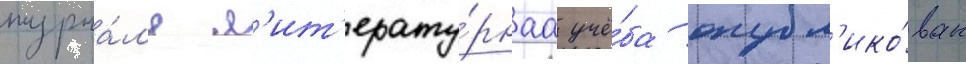
журна́л'е л'ит'ерату́рнаа учё́ба опубл'ико́ван